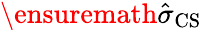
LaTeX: \ensuremath{\hat{\sigma}}_{\mathrm{CS}}